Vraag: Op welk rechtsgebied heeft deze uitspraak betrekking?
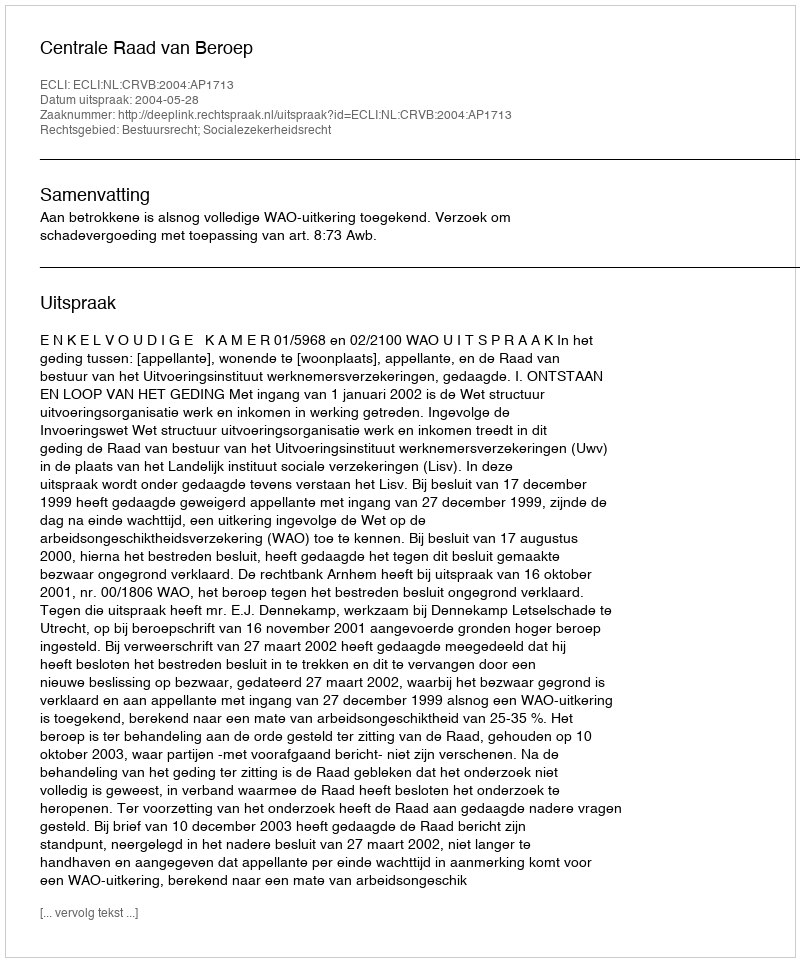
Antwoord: Bestuursrecht; Socialezekerheidsrecht